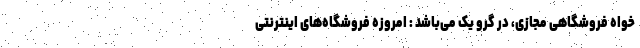
خواه فروشگاهی مجازی، در گِرو یک می‌باشد : امروزه فروشگاه‌های اینترنتی